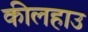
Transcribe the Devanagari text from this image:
कीलहाउ